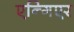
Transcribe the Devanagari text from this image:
एन्गिएर